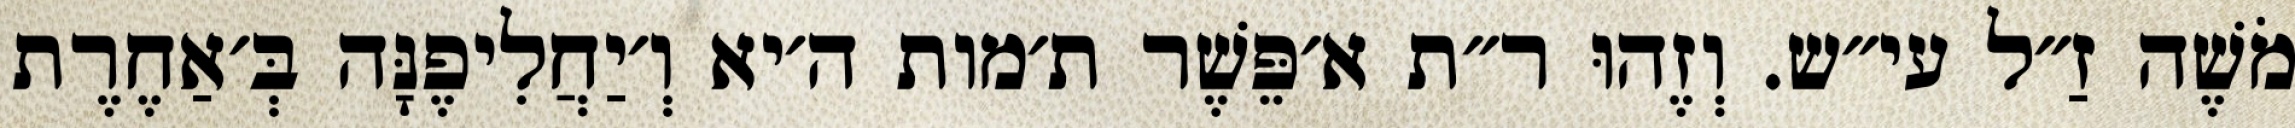
מֹשֶׁה זַ״ל עי״ש. וְזֶהוּ ר״ת א׳פֵּשֶׁר ת׳מות ה׳יא וְ׳יַחֲלִיפֶנָּה בְּ׳אַחֶרֶת